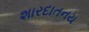
શારદાતનય